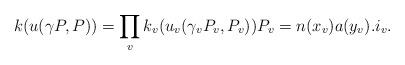
LaTeX: \begin{align*}k(u(\gamma P,P)) = \prod_v k_v(u_v(\gamma_v P_v, P_v)) P_v = n(x_v) a(y_v). i_v. \end{align*}